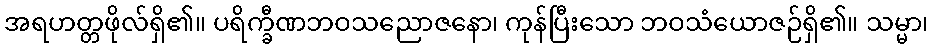
အရဟတ္တဖိုလ်ရှိ၏။ ပရိက္ခီဏဘဝသညောဇနော၊ ကုန်ပြီးသော ဘဝသံယောဇဉ်ရှိ၏။ သမ္မာ၊